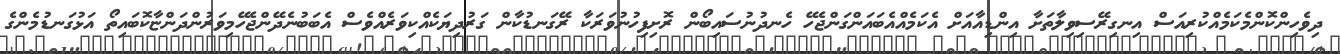
ދިވެހިންކޮންމެކަމެއްކުރިއަސް އިނގިރޭސިވިލާތަށާ އިންޑިއާއަށް އެކަމެއްއެބައަންގަންޖެހޭ ހެނދުނުސައިބޯން ރޮށިފިހުނުވަރަކާ ރޭގަނޑުކާން ގަރުދިޔަކެއްކިވަރެއްވެސް އެބަބުނެދޭންޖެހޭމިވަރުންދަންޏާކޮބައިތޯ އަޅުގަނޑުމެންގެ